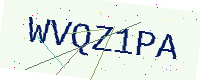
Text: WVQZ1PA